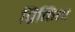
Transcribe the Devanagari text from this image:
प्रिकिंग